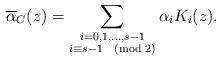
LaTeX: \begin{align*}\overline{\alpha}_C(z)=\sum_{\substack{i=0,1,\ldots, s-1\\ i\equiv s-1\pmod{2}}}\alpha_iK_i(z).\end{align*}